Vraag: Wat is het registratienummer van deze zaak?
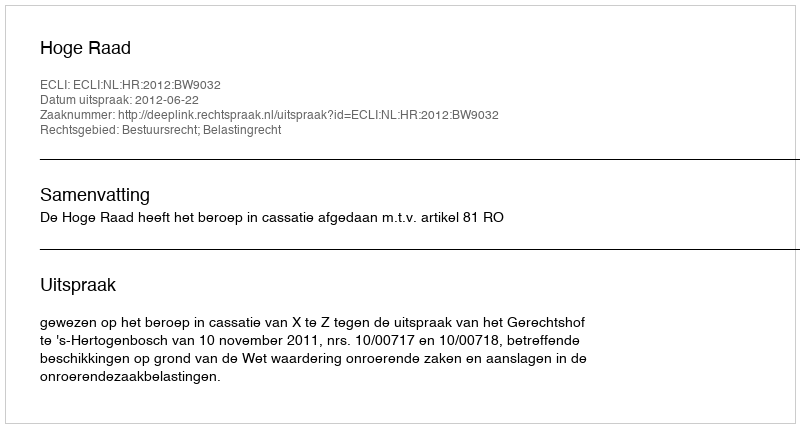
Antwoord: http://deeplink.rechtspraak.nl/uitspraak?id=ECLI:NL:HR:2012:BW9032